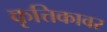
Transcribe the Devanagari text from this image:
कृत्तिकावर